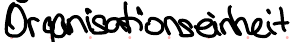
Organisationseinheit